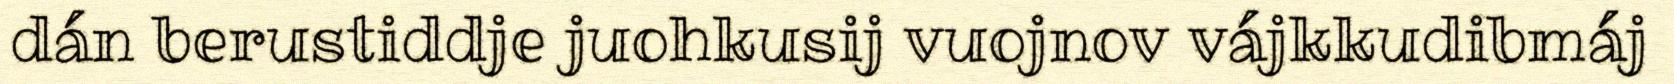
dán berustiddje juohkusij vuojnov vájkkudibmáj